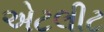
એટલીટ